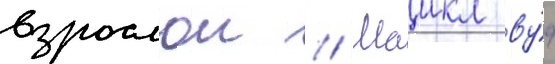
взрослои // Маикл ву́д